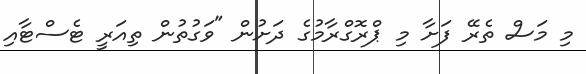
މި މަސް ތެރޭ ފަށާ މި ޕްރޮގްރާމުގެ ދަށުން "ވަގުތުން ތިއަރީ ޓެސްޓާއި